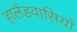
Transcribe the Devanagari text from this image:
हालैंडवासियों